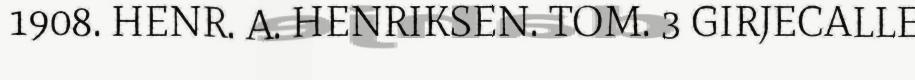
1908. HENR. A. HENRIKSEN. TOM. 3 GIRJECALLE